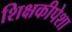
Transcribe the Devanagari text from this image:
शिक्षकीपेशा